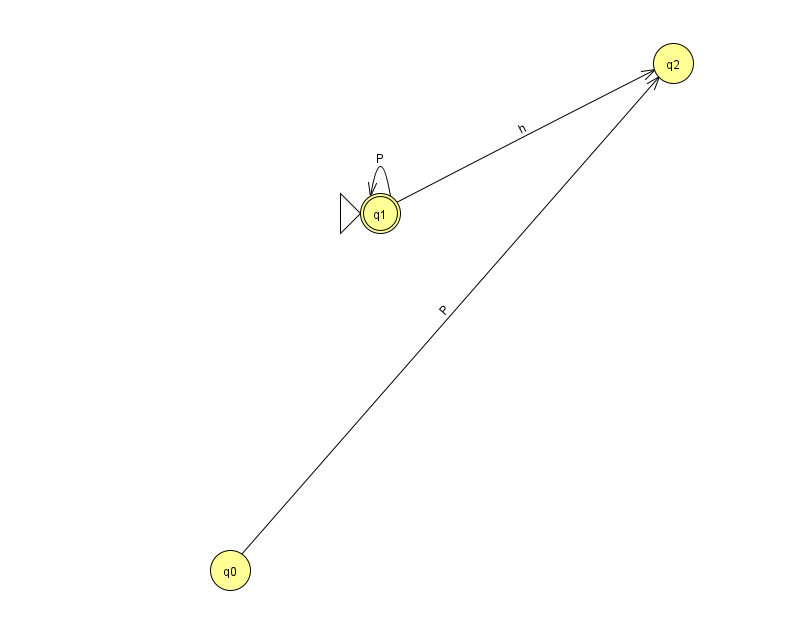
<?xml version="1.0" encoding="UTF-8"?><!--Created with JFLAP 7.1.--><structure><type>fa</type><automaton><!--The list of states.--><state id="0" name="q0"><x>230.0</x><y>557.0</y></state><state id="1" name="q1"><x>380.0</x><y>200.0</y><initial/><final/></state><state id="2" name="q2"><x>673.0</x><y>50.0</y></state><!--The list of transitions.--><transition><from>1</from><to>1</to><read>P</read></transition><transition><from>1</from><to>2</to><read>h</read></transition><transition><from>0</from><to>2</to><read>P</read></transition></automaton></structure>